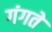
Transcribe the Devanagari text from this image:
गंगते